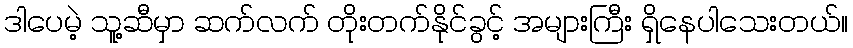
ဒါပေမဲ့ သူ့ဆီမှာ ဆက်လက် တိုးတက်နိုင်ခွင့် အများကြီး ရှိနေပါသေးတယ်။